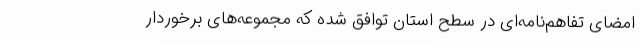
امضای تفاهم‌نامه‌ای در سطح استان توافق شده که مجموعه‌های برخوردار